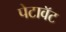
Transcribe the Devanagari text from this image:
पेटावॅट